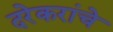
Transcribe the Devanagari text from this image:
दरेकरांचे